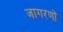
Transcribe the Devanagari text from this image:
जागरणों